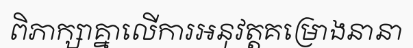
ពិភាក្សាគ្នាលើការអនុវត្តគម្រោងនានា